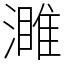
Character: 濉